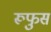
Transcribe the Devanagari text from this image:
रूफुस